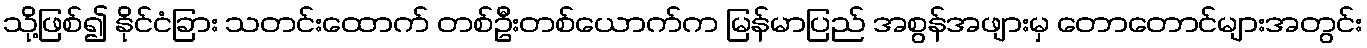
သို့ဖြစ်၍ နိုင်ငံခြား သတင်းထောက် တစ်ဦးတစ်ယောက်က မြန်မာပြည် အစွန်အဖျားမှ တောတောင်များအတွင်း